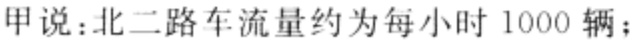
甲说：北二路车流量约为每小时 1000 辆；